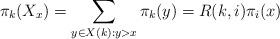
LaTeX: \begin{align*}\pi_{k}(X_x) = \sum\limits_{y \in X(k): y > x} \pi_{k}(y) = R(k,i)\pi_i(x)\end{align*}